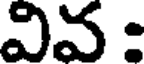
వివ :